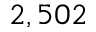
2 , 5 0 2